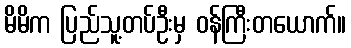
မိမိက ပြည်သူ့တပ်ဦးမှ ဝန်ကြီးတယောက်။